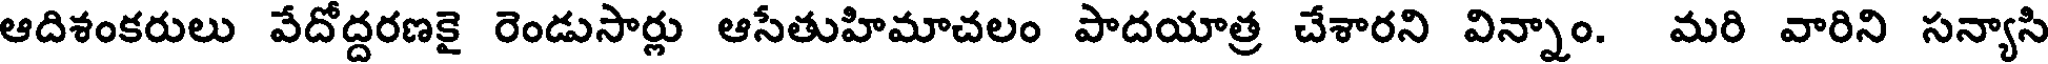
ఆదిశంకరులు వేదోద్దరణకై రెండుసార్లు ఆసేతుహిమాచలం పాదయాత్ర చేశారని విన్నాం. మరి వారిని సన్యాసి